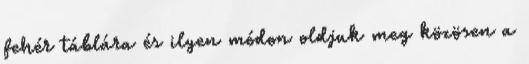
fehér táblára és ilyen módon oldjuk meg közösen a